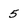
Character: 5